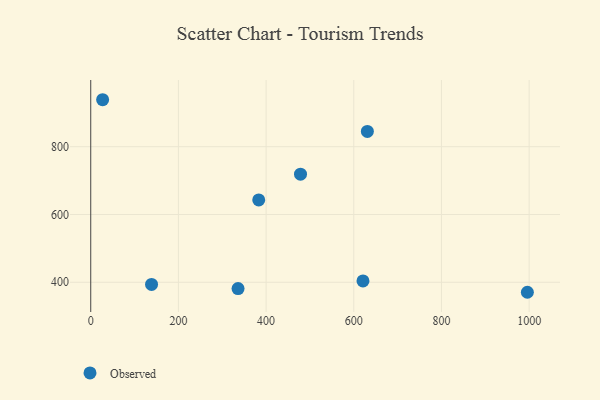
{"axis": {"x": "Engine Size", "y": "Fuel Efficiency"}, "legend": ["Observed"], "data": [{"x": "631.0", "y": 845.1, "type": "Observed"}, {"x": "621.0", "y": 403.9, "type": "Observed"}, {"x": "27.1", "y": 938.6, "type": "Observed"}, {"x": "478.5", "y": 719.0, "type": "Observed"}, {"x": "336.0", "y": 381.3, "type": "Observed"}, {"x": "383.2", "y": 642.9, "type": "Observed"}, {"x": "138.7", "y": 393.6, "type": "Observed"}, {"x": "996.0", "y": 370.5, "type": "Observed"}]}